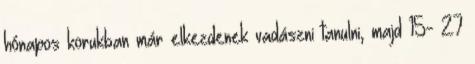
hónapos korukban már elkezdenek vadászni tanulni, majd 15- 27